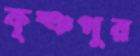
কৃষ্ঞপুর